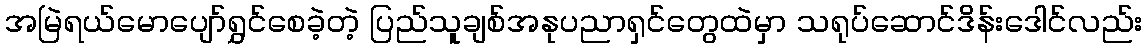
အမြဲရယ်မောပျော်ရွှင်စေခဲ့တဲ့ ပြည်သူချစ်အနုပညာရှင်တွေထဲမှာ သရုပ်ဆောင်ဒိန်းဒေါင်လည်း